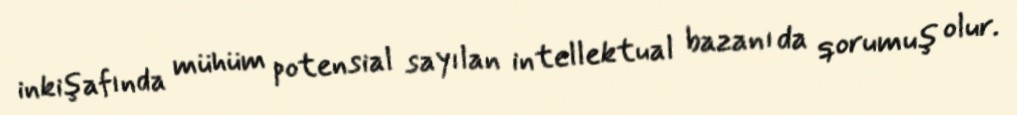
inkişafında mühüm potensial sayılan intellektual bazanı da qorumuş olur.